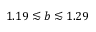
1 . 1 9 \lesssim b \lesssim 1 . 2 9